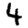
Digit: 4